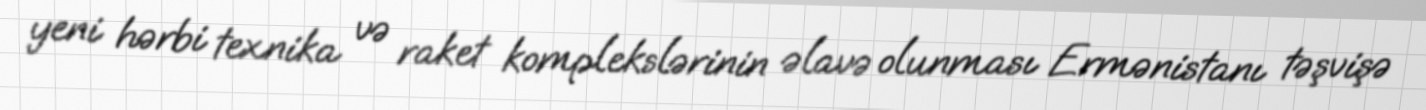
yeni hərbi texnika və raket komplekslərinin əlavə olunması Ermənistanı təşvişə